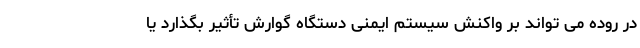
در روده می تواند بر واکنش سیستم ایمنی دستگاه گوارش تأثیر بگذارد یا